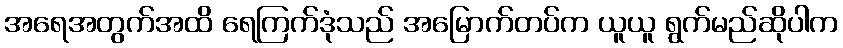
အရေအတွက်အထိ ရေကြက်ဒုံသည် အမြောက်တပ်က ယူယူ ရွက်မည်ဆိုပါက